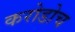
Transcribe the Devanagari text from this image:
करोडोच